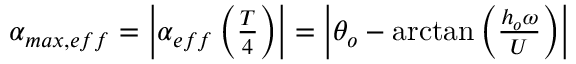
\begin{array} { r } { \alpha _ { m a x , e f f } = \left| \alpha _ { e f f } \left( \frac { T } { 4 } \right) \right| = \left| \theta _ { o } - \arctan \left( \frac { h _ { o } \omega } { U } \right) \right| } \end{array}